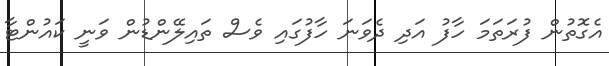
އެގޮތުން ފުރަތަމަ ހާފު އަދި ދެވަނަ ހާފުގައި ވެސް ތައިލޭންޑުން ވަނީ ކައުންޓާ